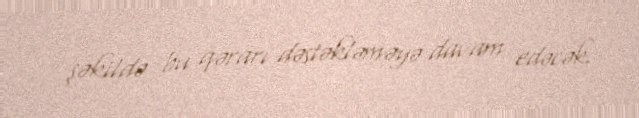
şəkildə bu qərarı dəstəkləməyə davam edəcək.